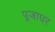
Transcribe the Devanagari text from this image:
पूजाघर